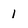
Character: 1